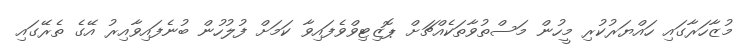
މުޒާހަރާގައި ހައްޔަރުކުރި މީހުން މަސްތުވާތަކެއްޗަށް ޕޮޒިޓިވްވެފައިވާ ކަމަށް ފުލުހުން ބުނެފައިވާއިރު އޭގެ ތެރޭގައި